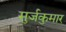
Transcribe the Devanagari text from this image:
सुर्जकुमार